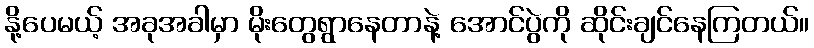
နို့ပေမယ့် အခုအခါမှာ မိုးတွေရွာနေတာနဲ့ အောင်ပွဲကို ဆိုင်းချင်နေကြတယ်။